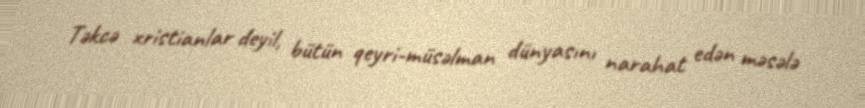
Təkcə xristianlar deyil, bütün qeyri-müsəlman dünyasını narahat edən məsələ